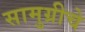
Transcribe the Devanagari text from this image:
सामुग्रीचे